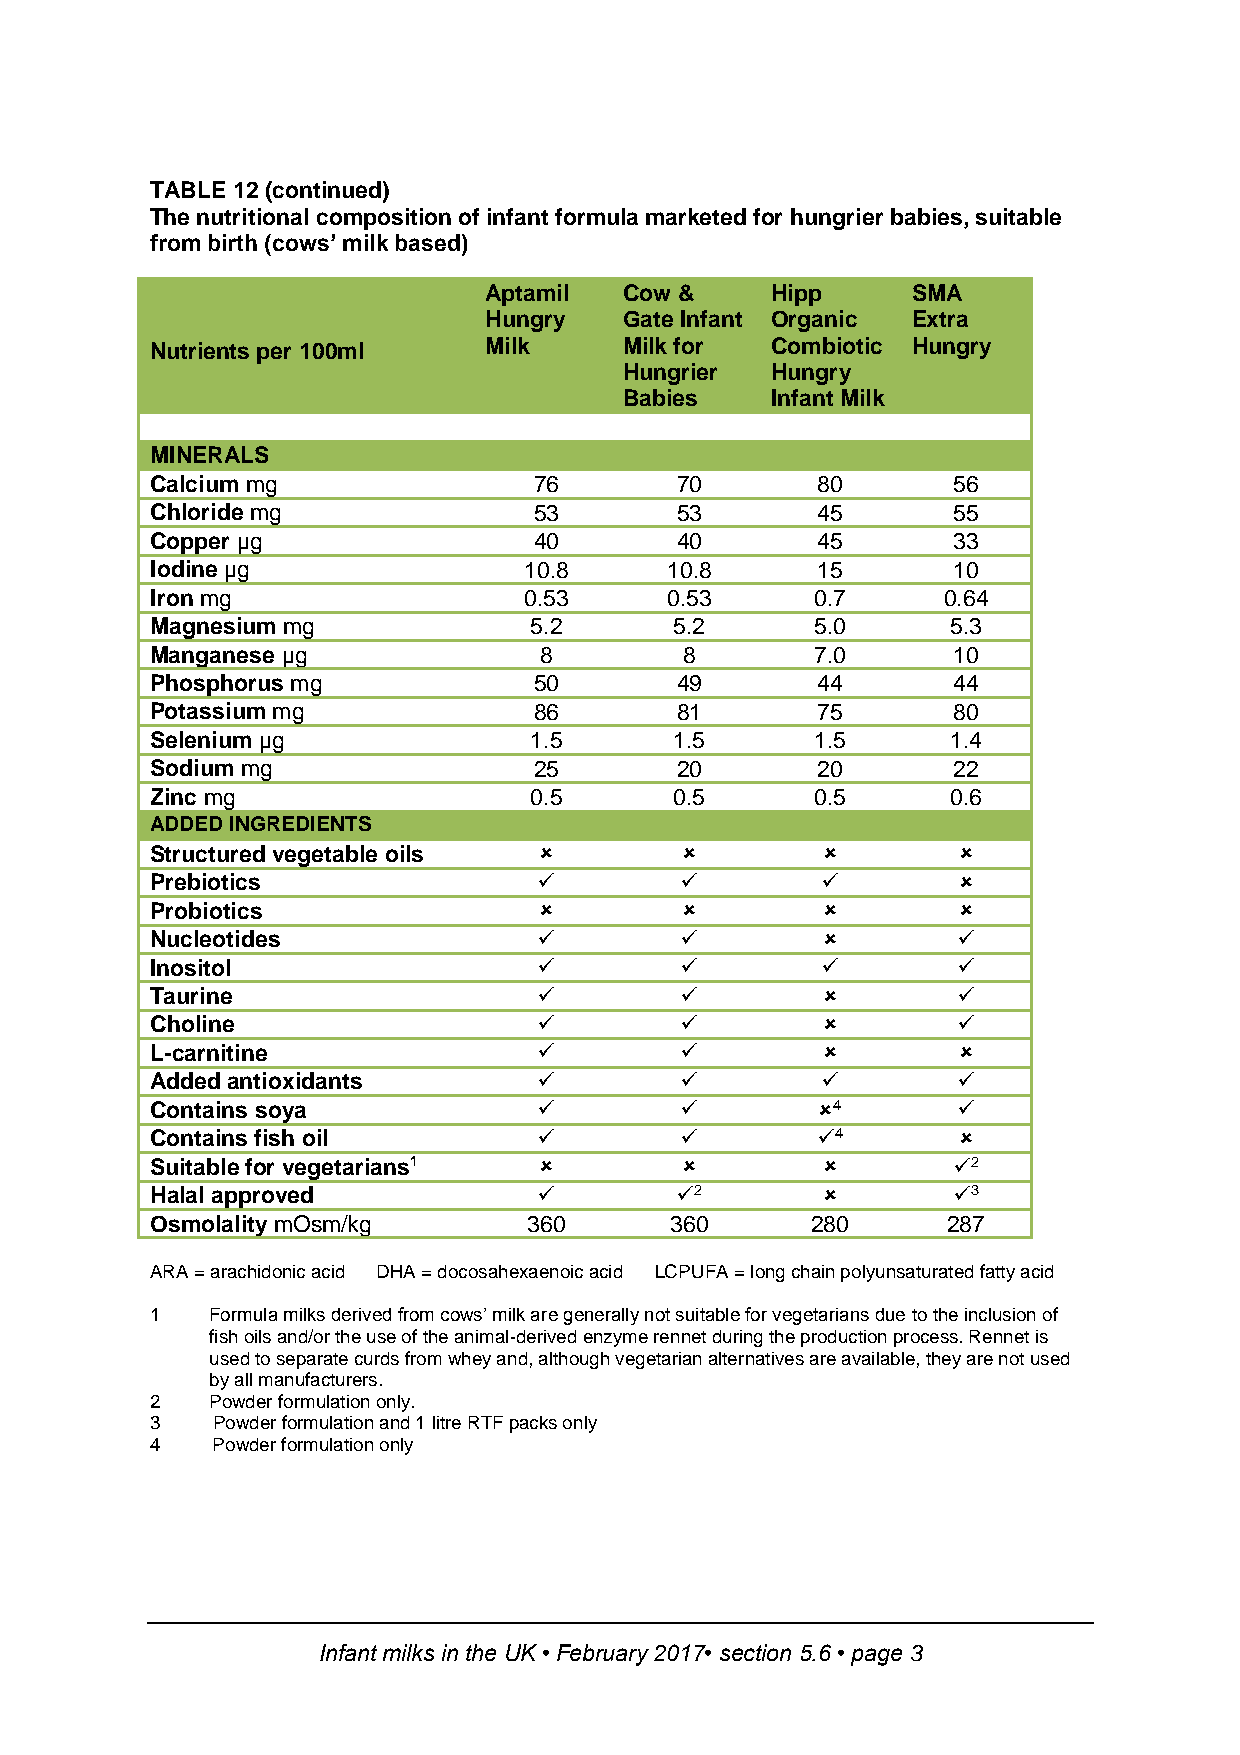
TABLE 12 (continued)
 The nutritional composition of infant formula marketed for hungrier babies, suitable
 from birth (cows’ milk based)
 Aptamil  Cow &     Hipp     SMA
 Hungry   Gate Infant Organic Extra
 Nutrients per 100ml   Milk     Milk for  Combiotic Hungry
 Hungrier  Hungry
 Babies    Infant Milk
 MINERALS
 Calcium mg               76        70       80       56
 Chloride mg              53        53       45       55
 Copper µg                40        40       45       33
 Iodine µg                10.8     10.8      15       10
 Iron mg                  0.53     0.53      0.7     0.64
 Magnesium mg             5.2       5.2      5.0      5.3
 Manganese µg              8        8        7.0      10
 Phosphorus mg            50        49       44       44
 Potassium mg             86        81       75       80
 Selenium µg              1.5       1.5      1.5      1.4
 Sodium mg                25        20       20       22
 Zinc mg                  0.5       0.5      0.5      0.6
 ADDED INGREDIENTS
 Structured vegetable oils                         
 Prebiotics                                        
 Probiotics                                        
 Nucleotides                                       
 Inositol                                          
 Taurine                                           
 Choline                                           
 L-carnitine                                       
 Added antioxidants                                
 Contains soya                             4       
 Contains fish oil                         4       
 Suitable for vegetarians1                         2
 Halal approved                    2               3
 Osmolality mOsm/kg       360      360       280      287
 ARA = arachidonic acid DHA = docosahexaenoic acid LCPUFA = long chain polyunsaturated fatty acid
 1   Formula milks derived from cows’ milk are generally not suitable for vegetarians due to the inclusion of
 fish oils and/or the use of the animal-derived enzyme rennet during the production process. Rennet is
 used to separate curds from whey and, although vegetarian alternatives are available, they are not used
 by all manufacturers.
 2   Powder formulation only.
 3   Powder formulation and 1 litre RTF packs only
 4   Powder formulation only
 Infant milks in the UK • February 2017• section 5.6 • page 3